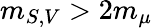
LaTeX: m_{S,V}>2m_{\mu}